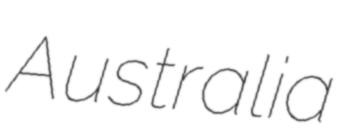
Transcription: Australia